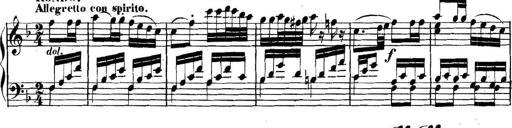
Title: Collected Piano Sonatas
Composer: Muzio Clementi